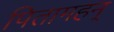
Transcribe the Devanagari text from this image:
पितामहन्